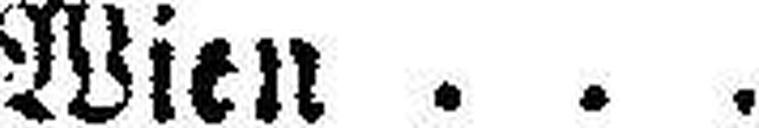
Wien